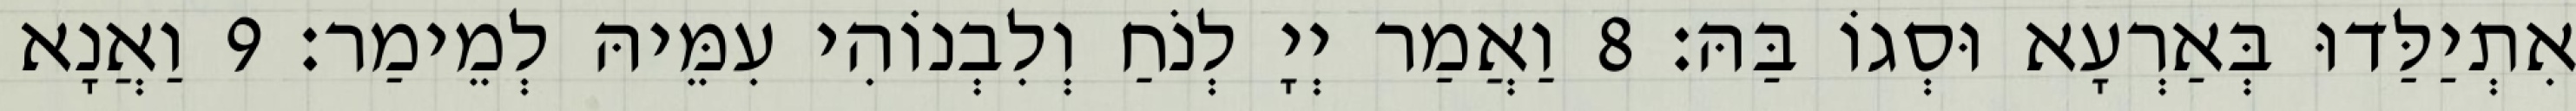
אִתְיַלַּדוּ בְּאַרְעָא וּסְגוֹ בַּהּ׃ 8 וַאֲמַר יְיָ לְנֹחַ וְלִבְנוֹהִי עִמֵּיהּ לְמֵימַר׃ 9 וַאֲנָא